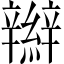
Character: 辮